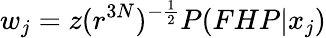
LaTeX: w_{j}=z(r^{3N})^{-\frac{1}{2}}P(FHP|x_{j})